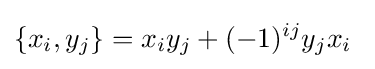
\{x_{i},y_{j}\}=x_{i}y_{j}+(-1)^{ij}y_{j}x_{i}\